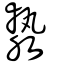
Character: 漐